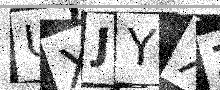
Text: UXJYXZ